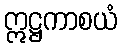
ဣဋ္ဌကာစယံ